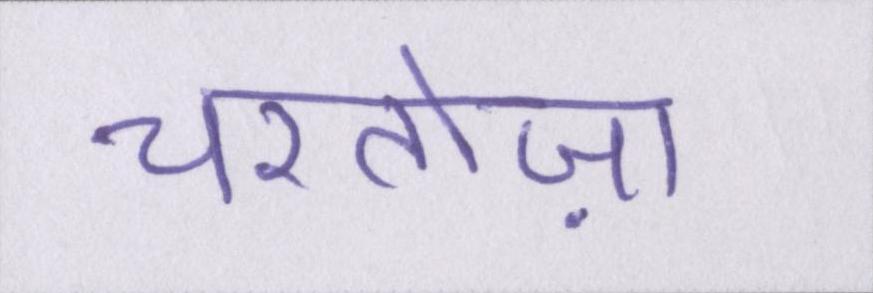
चरतोज़ा